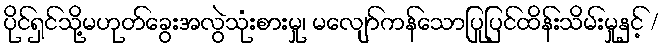
ပိုင်ရှင်သို့မဟုတ်ခွေးအလွဲသုံးစားမှု၊ မလျော်ကန်သောပြုပြင်ထိန်းသိမ်းမှုနှင့် /